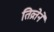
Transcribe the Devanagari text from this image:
तिव्रतेने